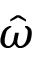
\hat { \omega }